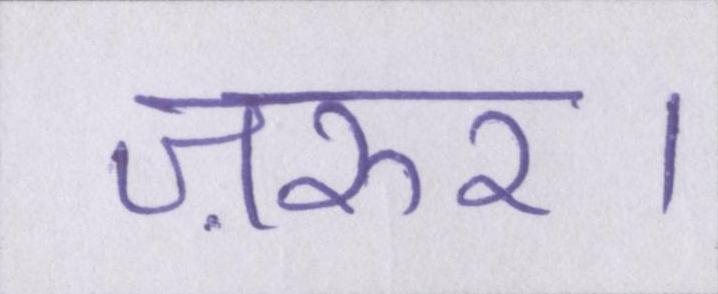
ज़रुर।